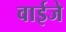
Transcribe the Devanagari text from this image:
वाईजे